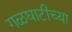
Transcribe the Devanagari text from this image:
गळघाटीच्या